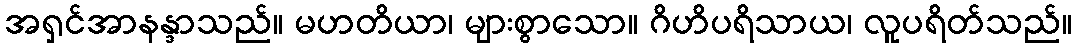
အရှင်အာနန္ဒာသည်။ မဟတိယာ၊ များစွာသော။ ဂိဟိပရိသာယ၊ လူပရိတ်သည်။